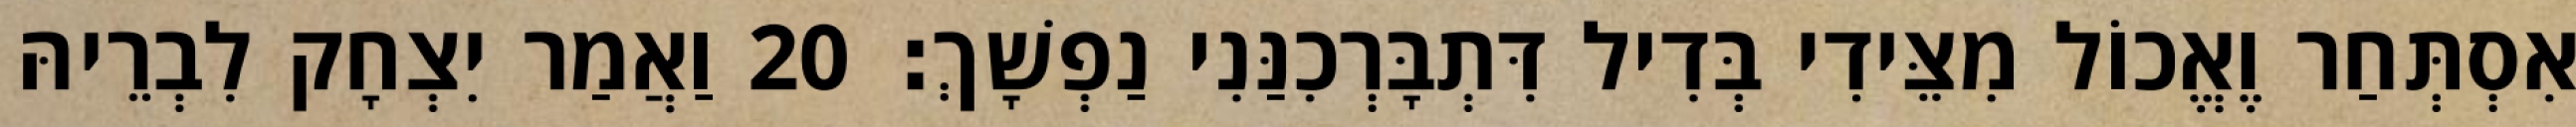
אִסְתְּחַר וֶאֱכוֹל מִצֵּידִי בְּדִיל דִּתְבָּרְכִנַּנִי נַפְשָׁךְ׃ 20 וַאֲמַר יִצְחָק לִבְרֵיהּ